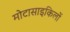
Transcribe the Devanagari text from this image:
मोटासाइकिलों